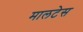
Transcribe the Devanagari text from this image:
मालटेस